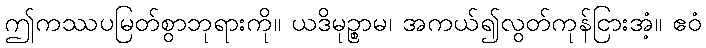
ဤကဿပမြတ်စွာဘုရားကို။ ယဒိမုဉ္စာမ၊ အကယ်၍လွတ်ကုန်ငြားအံ့။ ဧဝံ